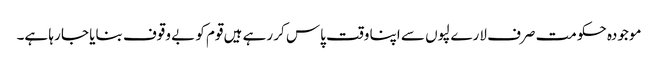
موجودہ حکومت صرف لارے لپوں سے اپنا وقت پاس کر رہے ہیں قوم کو بے وقوف بنایا جا رہا ہے۔